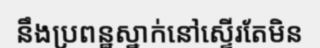
នឹងប្រពន្ឋស្នាក់នៅស្ទើរតែមិន